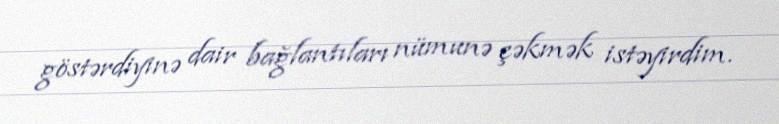
göstərdiyinə dair bağlantıları nümunə çəkmək istəyirdim.